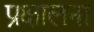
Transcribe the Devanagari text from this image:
प्रक्षालना